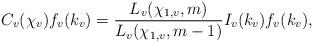
LaTeX: \begin{align*}C_v(\chi_v)f_v(k_v)=\frac{L_v(\chi_{1,v},m)}{L_v(\chi_{1,v},m-1)}I_v(k_v)f_v(k_v),\end{align*}